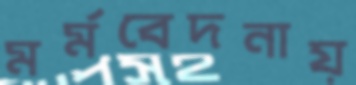
মর্মবেদনায়